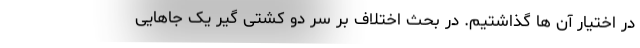
در اختیار آن ها گذاشتیم. در بحث اختلاف بر سر دو کشتی گیر یک جاهایی